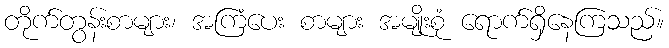
တိုက်တွန်းစာများ၊ အကြံပေး စာများ အမျိုးစုံ ရောက်ရှိနေကြသည်။